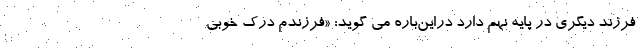
فرزند دیگری در پایه نهم دارد دراین‌باره می گوید: «فرزندم درک خوبی